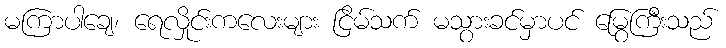
မကြာပါချေ၊ ရေလှိုင်းကလေးများ ငြိမ်သက် မသွားခင်မှာပင် မြွေကြီးသည်